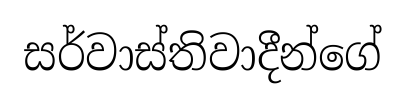
සර්වාස්තිවාදීන්ගේ